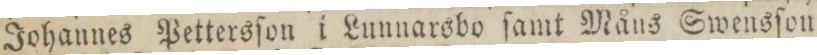
Johannes Pettersſon i Lunnarsbo ſamt Måns Swensſon